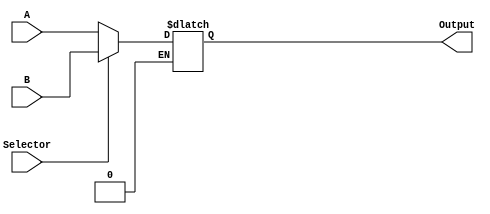
`timescale 1ns / 1ps
//////////////////////////////////////////////////////////////////////////////////
// Company: 
// Engineer: 
// 
// Design Name: 
// Module Name:    OneBitMux 
// Project Name: 
// Target Devices: 
// Tool versions: 
// Description: 
//
// Dependencies: 
//
// Revision: 
// Revision 0.01 - File Created
// Additional Comments: 
//
//////////////////////////////////////////////////////////////////////////////////
module OneBitMux(

    input Selector,
    input [15:0] A,
    input [15:0] B,
    output reg [15:0] Output
    );
	 // S = 0.. Output = A
	 // S= 1.. Output = B CoolRegisterFile
	 // S = 2 .. Output = C SignExtender
	 // S = 3 .. Output = D 

	always @ (A,B,Selector) begin
		if (Selector == 0) begin
			Output = A;
		end
		if (Selector == 1) begin
			Output = B;
		end
	
	
	
	end


endmodule